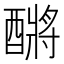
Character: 𮠿